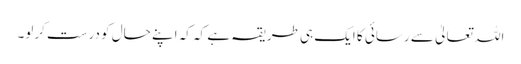
اللہ تعالیٰ سے رسائی کا ایک ہی طریقہ ہے کہ کہ اپنے حال کو درست کرلو۔